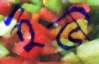
ইডি